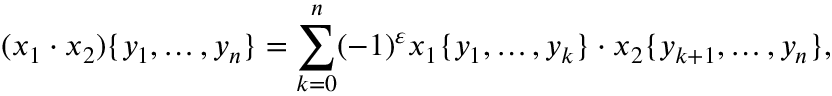
( x _ { 1 } \cdot x _ { 2 } ) \{ y _ { 1 } , \dots , y _ { n } \} = \sum _ { k = 0 } ^ { n } ( - 1 ) ^ { \varepsilon } x _ { 1 } \{ y _ { 1 } , \dots , y _ { k } \} \cdot x _ { 2 } \{ y _ { k + 1 } , \dots , y _ { n } \} ,